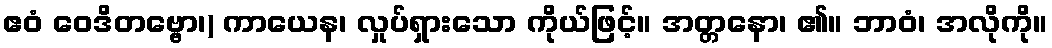
ဧဝံ ဝေဒိတဗ္ဗော၊) ကာယေန၊ လှုပ်ရှားသော ကိုယ်ဖြင့်။ အတ္တနော၊ ၏။ ဘာဝံ၊ အလိုကို။